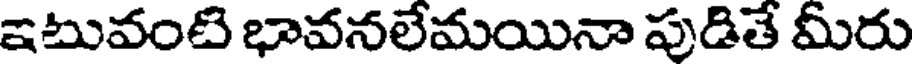
ఇటువంటి భావనలేమయినా పుడితే మీరు